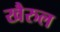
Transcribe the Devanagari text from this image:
खैरुल